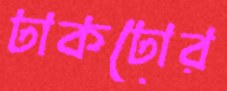
ঢাকঢোর